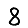
Digit: 8